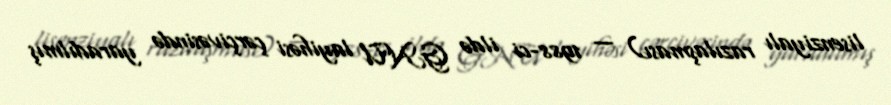
lisenziyalı razılaşması) — 1988-ci ildə GNU layihəsi çərçivəsində yaradılmış